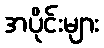
အပိုင်းများ